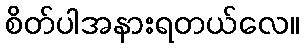
စိတ်ပါအနားရတယ်လေ။